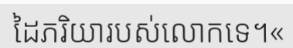
ដៃភរិយារបស់លោកទេ។«